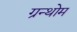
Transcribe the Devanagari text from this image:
ग्रन्थोम